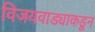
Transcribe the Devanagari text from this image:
विजयवाड्याकडून